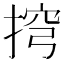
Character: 𢮍